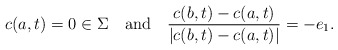
\begin{align*} c(a,t) = 0 \in \Sigma\ \ \mbox{ and } \ \ \frac{c(b,t)-c(a,t)}{|c(b,t)-c(a,t)|} = - e_1. \end{align*}